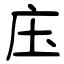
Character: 庒